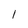
Character: 1